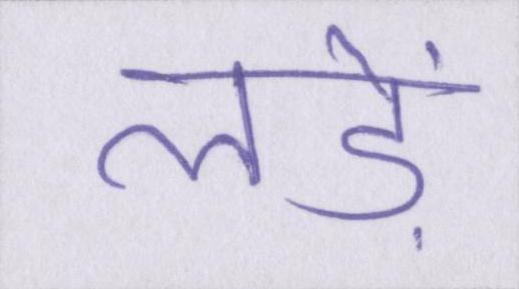
लड़ें